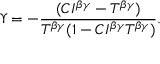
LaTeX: \Upsilon = - \frac { ( C I ^ { \beta \gamma } - T ^ { \beta \gamma } ) } { T ^ { \beta \gamma } ( 1 - C I ^ { \beta \gamma } T ^ { \beta \gamma } ) } .